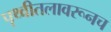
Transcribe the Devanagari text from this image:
पृथ्वीतलावरूनच